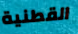
القطنية